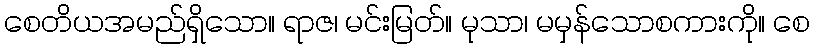
စေတိယအမည်ရှိသော။ ရာဇ၊ မင်းမြတ်။ မုသာ၊ မမှန်သောစကားကို။ စေ